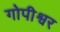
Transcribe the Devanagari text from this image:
गोपीश्वर